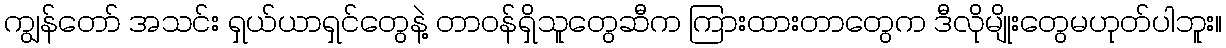
ကျွန်တော် အသင်း ရှယ်ယာရှင်တွေနဲ့ တာဝန်ရှိသူတွေဆီက ကြားထားတာတွေက ဒီလိုမျိုးတွေမဟုတ်ပါဘူး။